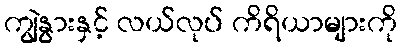
ကျွဲနွားနှင့် လယ်လုပ် ကိရိယာများကို